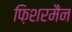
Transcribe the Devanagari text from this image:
फ़िशरमैन